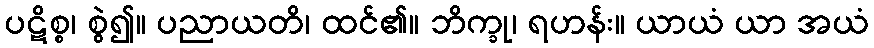
ပဋိစ္စ၊ စွဲ၍။ ပညာယတိ၊ ထင်၏။ ဘိက္ခု၊ ရဟန်း။ ယာယံ ယာ အယံ